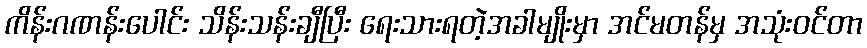
ကိန်းဂဏန်းပေါင်း သိန်းသန်းချီပြီး ရေးသားရတဲ့အခါမျိုးမှာ အင်မတန်မှ အသုံးဝင်တာ